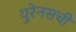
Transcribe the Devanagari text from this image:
युरेनसची